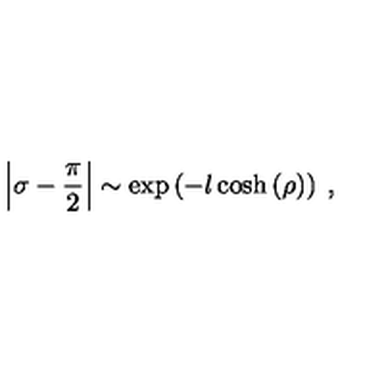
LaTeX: \left| \sigma - \displaystyle \frac { \pi } { 2 } \right| \sim \exp \left( - l \cosh \left( \rho \right) \right) \: ,